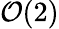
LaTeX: \mathcal{O}(2)